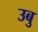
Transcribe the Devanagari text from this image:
उबु